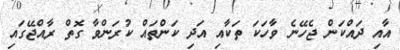
އާއި ދައްކަން ޖެހޭނެ ވާހަކަ ތަކާއި އަދި ކަންތައް ކުރަންވާ ގޮތް ރާއްޖޭގައި